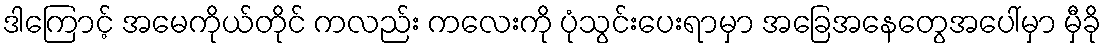
ဒါကြောင့် အမေကိုယ်တိုင် ကလည်း ကလေးကို ပုံသွင်းပေးရာမှာ အခြေအနေတွေအပေါ်မှာ မှီခို